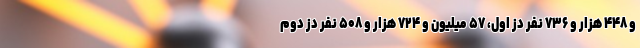
و ۴۴۸ هزار و ۷۳۶ نفر دُز اول، ۵۷ میلیون و ۷۲۴ هزار و ۵۰۸ نفر دُز دوم